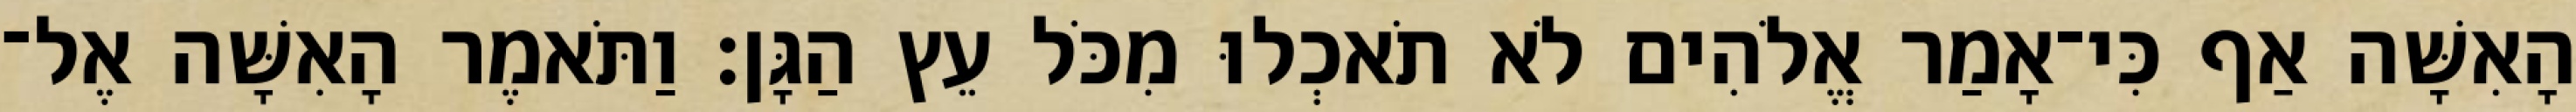
הָאִשָּׁה אַף כִּי־אָמַר אֱלֹהִים לֹא תֹאכְלוּ מִכֹּל עֵץ הַגָּן׃ וַתֹּאמֶר הָאִשָּׁה אֶל־